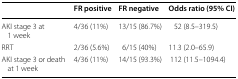
<table><thead><tr><td></td><td><b>FR positive</b></td><td><b>FR negative</b></td><td><b>Odds ratio (95% CI)</b></td></tr></thead><tbody><tr><td>AKI stage 3 at 1 week</td><td>4/36 (11%)</td><td>13/15 (86.7%)</td><td>52 (8.5–319.5)</td></tr><tr><td>RRT</td><td>2/36 (5.6%)</td><td>6/15 (40%)</td><td>11.3 (2.0–65.9)</td></tr><tr><td>AKI stage 3 or death at 1 week</td><td>4/36 (11%)</td><td>14/15 (93.3%)</td><td>112 (11.5–1094.4)</td></tr></tbody></table>